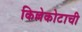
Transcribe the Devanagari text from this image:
किल्लेकोटाची